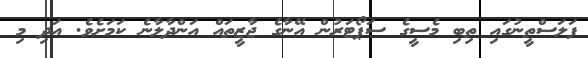
ފަލަސްތީނުގައި ތިބި މެސީގެ ސަޕޯޓަރުން އޭނާގެ ޖާޒީތައް އަންދާލާނެ ކަމަށެވެ. އަދި މި